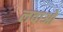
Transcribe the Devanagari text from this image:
लवाओ